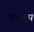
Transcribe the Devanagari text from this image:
प्रकल्‍प